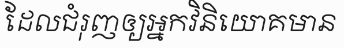
ដែលជំរុញឲ្យអ្នកវិនិយោគមាន